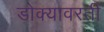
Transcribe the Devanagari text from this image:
डोक्यावरती